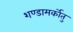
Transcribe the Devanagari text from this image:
शण्डामर्कोतु